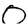
Digit: 0